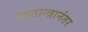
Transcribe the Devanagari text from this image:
स्वतान्त्रानंतर